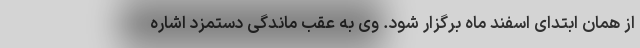
از همان ابتدای اسفند ماه برگزار شود. وی به عقب ماندگی دستمزد اشاره